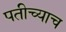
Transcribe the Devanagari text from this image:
पतीच्याच